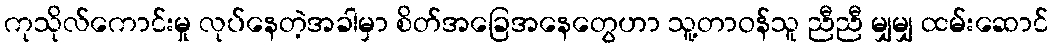
ကုသိုလ်ကောင်းမှု လုပ်နေတဲ့အခါမှာ စိတ်အခြေအနေတွေဟာ သူ့တာဝန်သူ ညီညီ မျှမျှ ထမ်းဆောင်